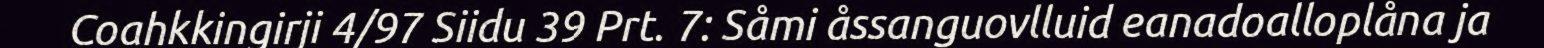
Coahkkingirji 4/97 Siidu 39 Prt. 7: Såmi åssanguovlluid eanadoalloplåna ja